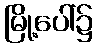
မြို့ပေါ်၌